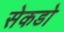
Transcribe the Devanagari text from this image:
सेकडो